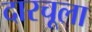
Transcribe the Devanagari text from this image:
दारचूला